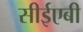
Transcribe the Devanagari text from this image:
सीईएबी